Annual report of the Punjab Veterinary College and of the Civil Veterinary Department, Punjab - 1926-1932
Year: 1926
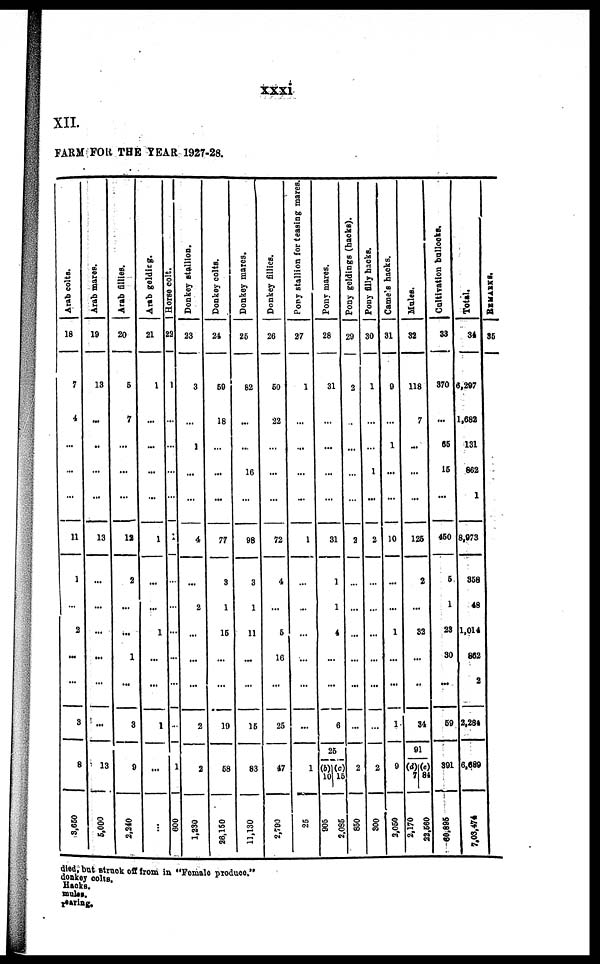
xxxi
XII.
FARM FOR THE YEAR 1927-28.
Arab colts.
18
7
4
...
...
...
11
1
...
2
...
...
8
8
3,650
Arab mares.
19
13
...
...
...
...
13
...
...
...
...
...
...
13
5,000
Arab fillies.
20
5
7
...
...
...
12
2
...
...
1
...
3
9
2,240
Arab gelding.
21
1
...
...
...
...
1
...
...
1
...
...
1
...
...
Horse colt.
22
1
...
...
...
...
1
...
...
...
...
...
...
1
600
Donkey stallion.
23
3
...
1
...
...
4
...
2
...
...
...
2
2
1,230
Donkey colts.
24
59
18
...
...
...
77
3
1
15
...
...
19
58
26,150
Donkey mares.
25
82
...
...
16
...
98
3
1
11
...
...
15
83
11,130
Donkey fillies.
26
50
22
...
...
...
72
4
...
5
16
...
25
47
2,790
Pony stallion for teasing mares.
27
1
...
...
...
...
1
...
...
...
...
...
...
1
25
Pony mares.
28
31
...
...
...
...
31
1
1
4
...
...
6
25
(b) (c)
10 15
905
2,085
Pony geldings
(hacks).
29
2
...
...
...
...
2
...
...
...
...
...
...
2
850
Pony filly hacks.
30
1
...
...
1
...
2
...
...
...
...
...
...
2
800
Camels hacks.
31
9
...
1
...
...
10
...
...
1
...
...
1
9
2,050
Mules.
32
118
7
...
...
...
125
2
...
32
...
...
34
91
(d) (e)
7 84
2,170
22,560
Cultivation bullocks.
33
370
...
65
15
...
450
5
1
23
30
...
59
391
60,895
Total.
34
6,297
1,682
131
862
1
8,973
358
48
1,014
862
2
2,284
6,689
7,03,474
REMARKS.
35
died, but struck off from in "Female produce."
donkey colts.
Hacks.
mules.
rearing.